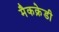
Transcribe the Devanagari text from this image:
मैकक्रेडी